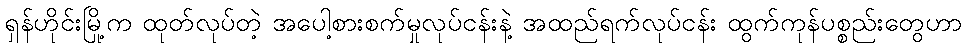
ရှန်ဟိုင်းမြို့က ထုတ်လုပ်တဲ့ အပေါ့စားစက်မှုလုပ်ငန်းနဲ့ အထည်ရက်လုပ်ငန်း ထွက်ကုန်ပစ္စည်းတွေဟာ